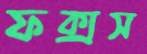
ফক্সস